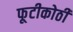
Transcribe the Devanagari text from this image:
फूटीकोठी